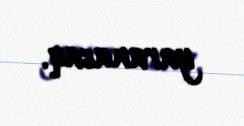
yaranacaq.